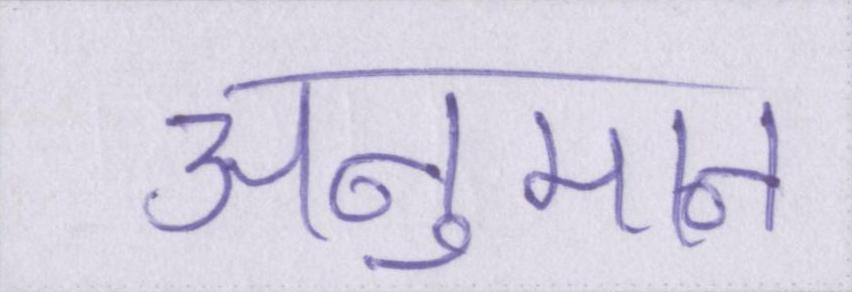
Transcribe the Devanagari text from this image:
अनुमान